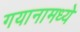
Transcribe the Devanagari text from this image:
गयानामध्ये